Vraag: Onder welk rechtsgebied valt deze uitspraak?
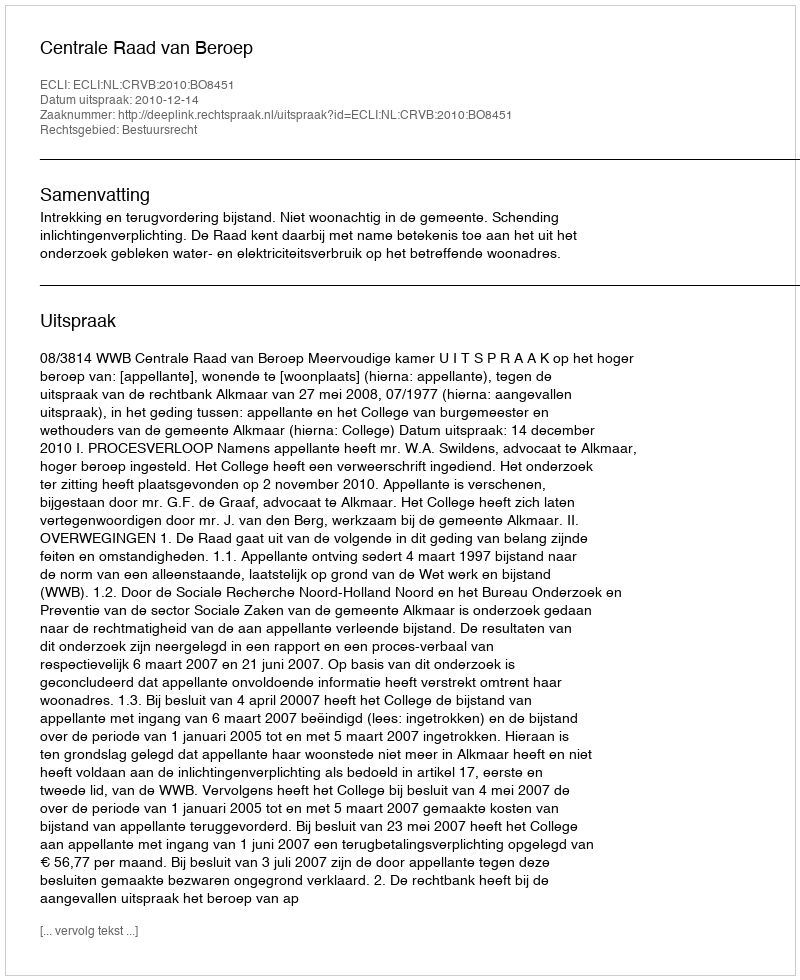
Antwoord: Bestuursrecht